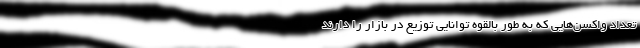
تعداد واکسن‌هایی که به طور بالقوه توانایی توزیع در بازار را دارند